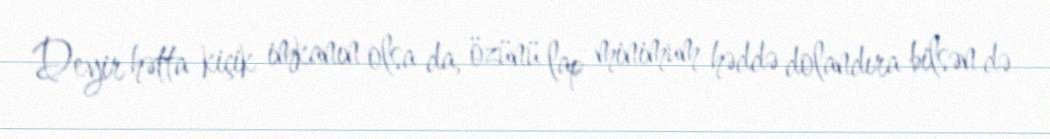
Deyir hətta kiçik imkanın olsa da, özünü lap minimum həddə dolandıra bilsən də